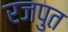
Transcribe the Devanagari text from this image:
रजपुत